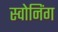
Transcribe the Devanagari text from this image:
स्वोनिंग